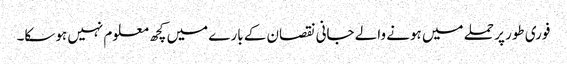
فوری طور پر حملے میں ہونے والے جانی نقصان کے بارے میں کچھ معلوم نہیں ہوسکا۔